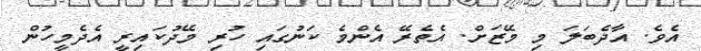
އެވެ. އާދެބަލަ މި މޭޒަށް. އެތެރޭ އެންމެ ކަނުގައި ހުރި މޭދުކައިރީ އެދެމީހުން